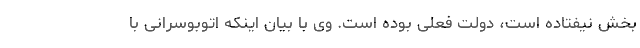
بخش نیفتاده است، دولت فعلی بوده است. وی با بیان اینکه اتوبوسرانی با